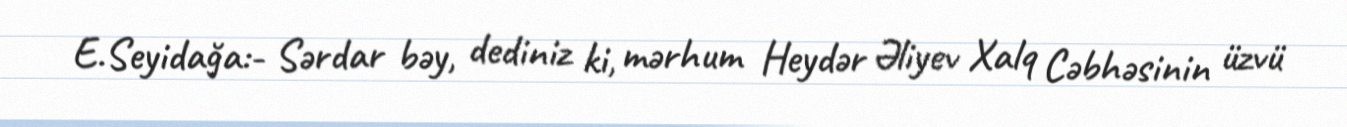
E.Seyidağa:- Sərdar bəy, dediniz ki, mərhum Heydər Əliyev Xalq Cəbhəsinin üzvü